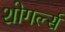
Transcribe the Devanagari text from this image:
शोगर्ल्स